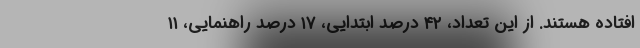
افتاده هستند. از این تعداد، ۴۲ درصد ابتدایی، ۱۷ درصد راهنمایی، ۱۱